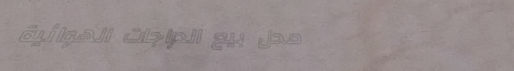
محل بيع الدراجات الهوائية